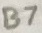
Text: B7